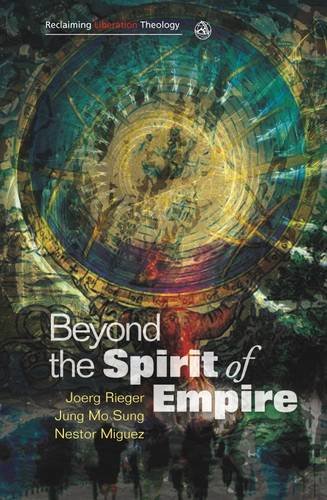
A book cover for Beyond the Spirit of Empire (Reclaiming Liberation Theology); Nestor Miguez; Christian Books & Bibles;